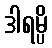
ဒါရမ္ပိ